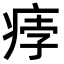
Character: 𤶽